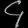
Digit: ၄